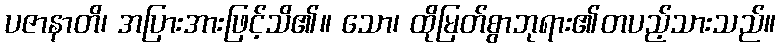
ပဇာနာတိ၊ အပြားအားဖြင့်သိ၏။ သော၊ ထိုမြတ်စွာဘုရား၏တပည့်သားသည်။